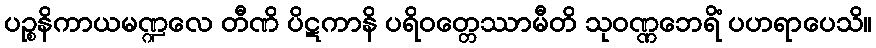
ပဉ္စနိကာယမဏ္ဍလေ တီဏိ ပိဋကာနိ ပရိဝတ္တေဿာမီတိ သုဝဏ္ဏဘေရိံ ပဟရာပေသိ။